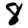
Digit: 8